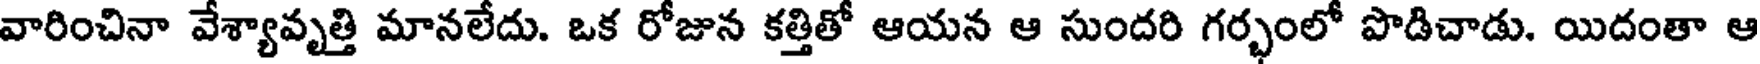
వారించినా వేశ్యావృత్తి మానలేదు. ఒక రోజున కత్తితో ఆయన ఆ సుందరి గర్భంలో పొడిచాడు. యిదంతా ఆ